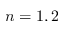
n = 1 , 2